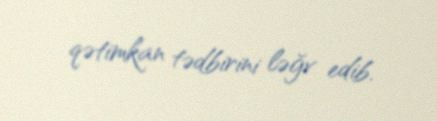
qətimkan tədbirini ləğv edib.